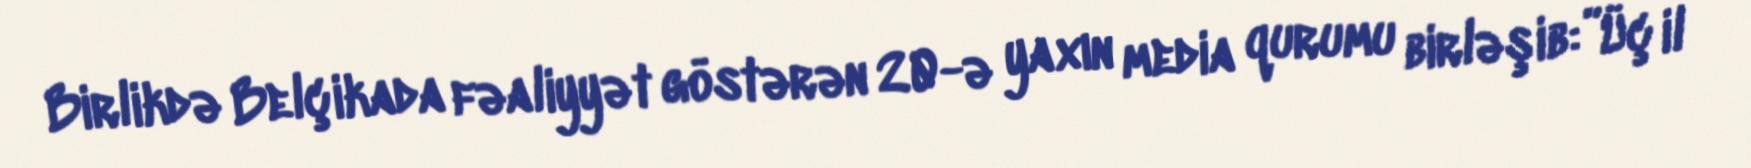
Birlikdə Belçikada fəaliyyət göstərən 20-ə yaxın media qurumu birləşib:”Üç il